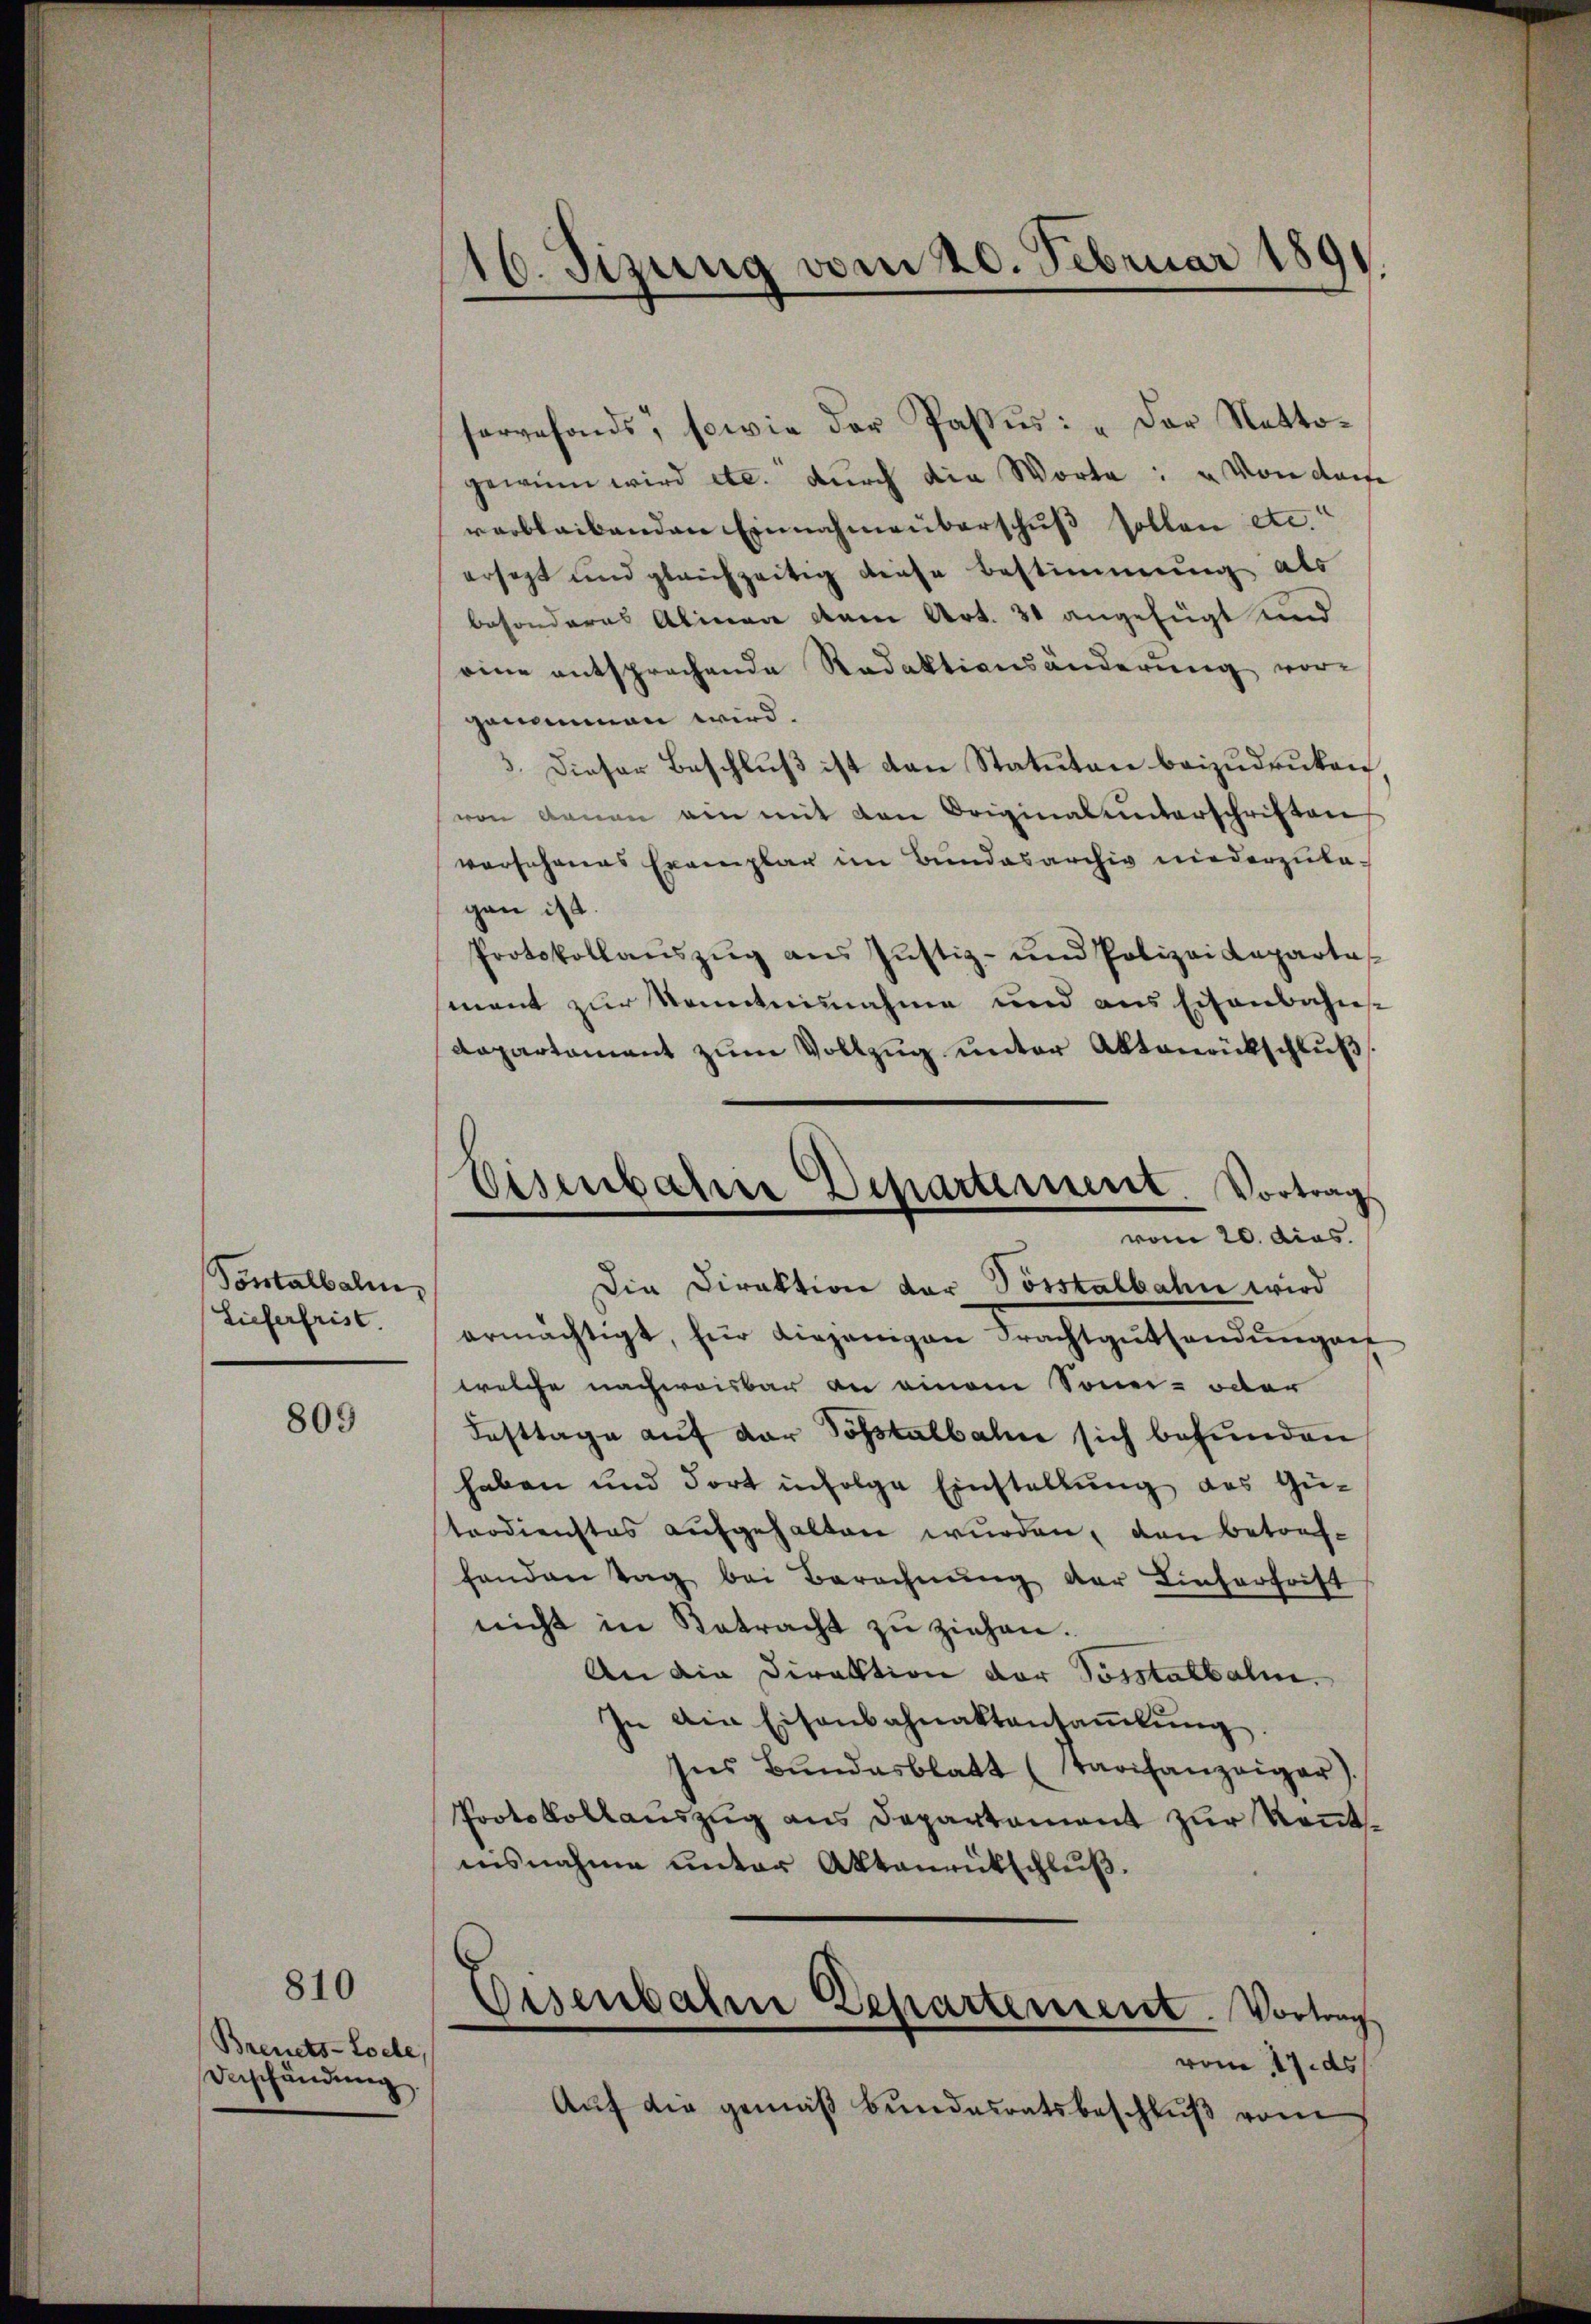
Portalbalm
Lieferfrist.

809

810

Brents-Loche,
Verschändung.

16. Sizung vom 20. Februar 1891.

gewinn wird etc. durch die Worte: „Von derse
verbleibenden Einnahmeberschuß sollen etc.“
ersagt und gleichzeitig diese Bestimmung als
besonderes Alinea dem Art. 30 angefügt und
eine entsprechende Redaktionsänderung vorgenommen wird.
3. Dieser Beschluß ist den Statuten beizudruken
von denen ein mit den Originalunterschriften
worsehenes Exemplar im Bundesarchiv niederzulagan ist
Protokollaŭszŭg ans Jŭstiz- und Polizeideparte
mant zur Sonnteilnahme und aus Eisenbahndepartement zum Vollzug unter Aktenrückschluß
Die Direktion der Posstalbahn wird
ermächtigt, für diejenigen Frachtgutsendungen
welche nachweisbar an einem Sonn- oder
Festtage auf der Sonstalbahn sich befunden
haben und dort infolge Einstellung des Güterdienstes aŭfgehalten wurden, den betrefhanden Tag bei Berechnung der Linserfrist
nicht in Retracht zu ziehen.
An die Direktion der Vorstalbahn.
In Ain Eisenbahnaktansaṁlŭng.
Ins Bundesblatt (Tarifanzeiger)
Protokollauszug aus Departement zur Kenntnisnahme unter Aktenrütschlŭβ.
Eisenbahne Departement. Vortrag
vom 17. ds
Auf die gemäß bundesratsbeschluß vom

servefonds, sowie der Passus: „Der Netto¬

Eisenbahre Departement. Vortrag
e
vom 20. dies